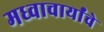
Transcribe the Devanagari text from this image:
मध्वाचार्यांचे